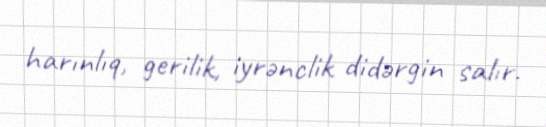
harınlıq, gerilik, iyrənclik didərgin salır.